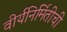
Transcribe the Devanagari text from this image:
वीर्यनिर्मितीची